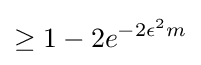
\geq 1-2e^{-2\epsilon ^{2}m}